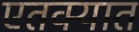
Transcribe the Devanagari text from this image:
एतक्यात